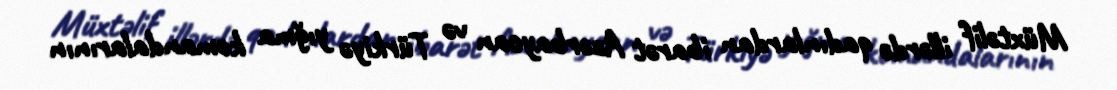
Müxtəlif illərdə qadınlardan ibarət Azərbaycan və Türkiyə yığma komandalarının